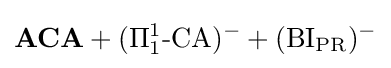
\mathbf {ACA} +(\Pi _{1}^{1}{\text{-CA}})^{-}+(\mathrm {BI} _{\mathrm {PR} })^{-}